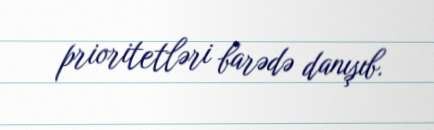
prioritetləri barədə danışıb.